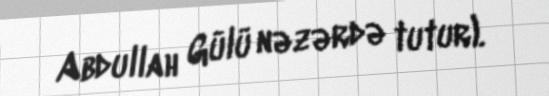
Abdullah Gülü nəzərdə tutur).